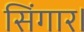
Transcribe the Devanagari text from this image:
सिंगार।